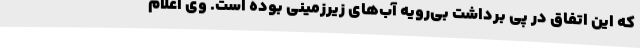
که این اتفاق در پی برداشت بی‌رویه آب‌های زیرزمینی بوده است. وی اعلام